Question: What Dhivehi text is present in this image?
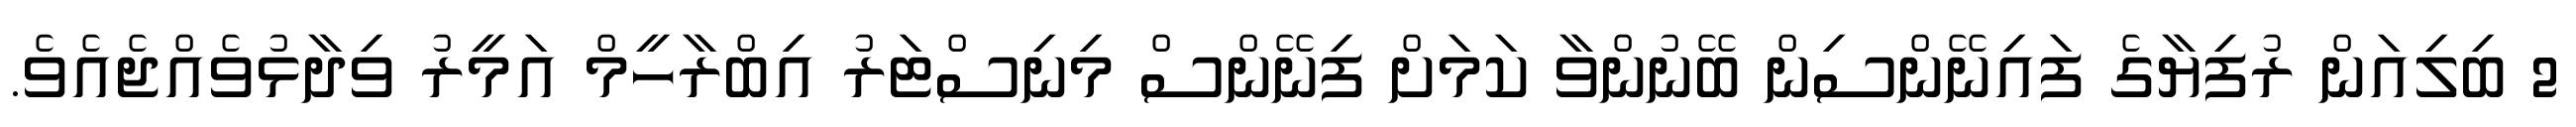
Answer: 2 ބިލިއަން ރުފިޔާގެ ފައިނޭންސިން ބޭނުންވާ ކަމަށް ފިނޭންސް މިނިސްޓަރު އިބްރާހީމް އަމީރު ވިދާޅުވެއްޖެއެވެ.